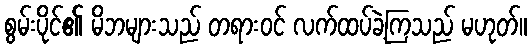
စွမ်းပိုင်၏ မိဘများသည် တရားဝင် လက်ထပ်ခဲ့ကြသည် မဟုတ်။